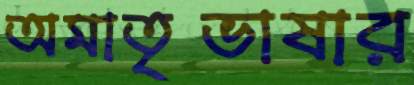
অমাতৃভাষার